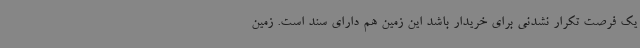
یک فرصت تکرار نشدنی برای خریدار باشد این زمین هم دارای سند است. زمین